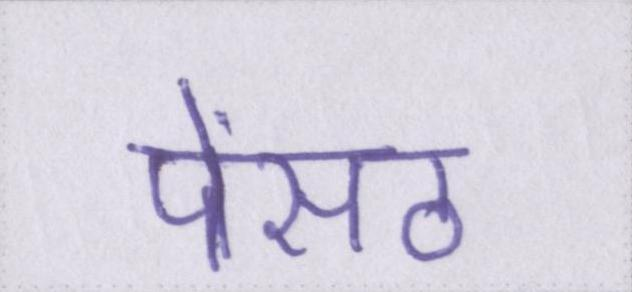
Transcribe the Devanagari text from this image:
पेंसठ